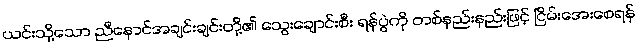
ယင်းသို့သော ညီနောင်အချင်းချင်းတို့၏ သွေးချောင်းစီး ရန်ပွဲကို တစ်နည်းနည်းဖြင့် ငြိမ်းအေးစေရန်